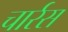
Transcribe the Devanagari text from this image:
चार्रस